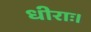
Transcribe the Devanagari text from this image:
धीराः।